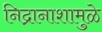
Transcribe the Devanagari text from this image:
निद्रानाशामुळे